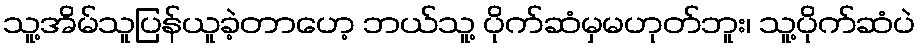
သူ့အိမ်သူပြန်ယူခဲ့တာဟေ့ ဘယ်သူ့ ပိုက်ဆံမှမဟုတ်ဘူး၊ သူ့ပိုက်ဆံပဲ